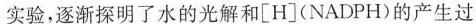
实验，逐渐探明了水的光解和[H](NADPH)的产生过